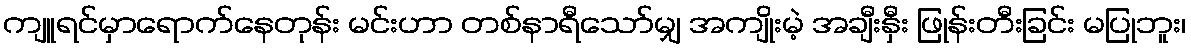
ကျူရင်မှာရောက်နေတုန်း မင်းဟာ တစ်နာရီသော်မျှ အကျိုးမဲ့ အချီးနှီး ဖြုန်းတီးခြင်း မပြုဘူး၊